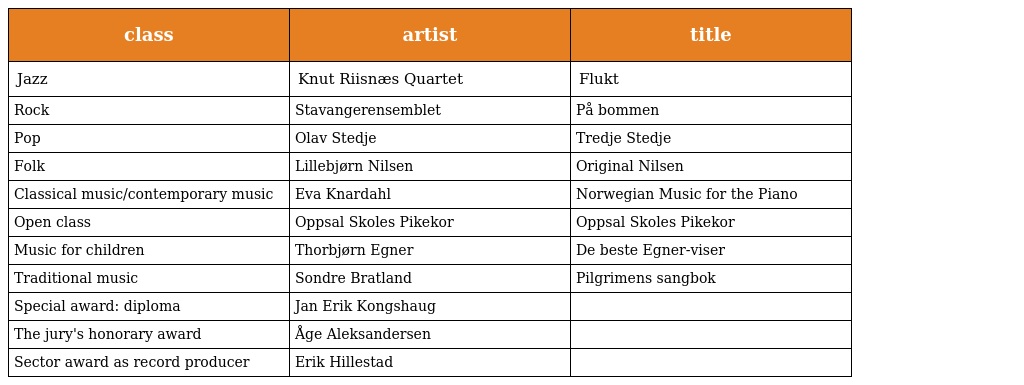
| class | artist | title |
 | --- | --- | --- |
 | Jazz | Knut Riisnæs Quartet | Flukt |
 | Rock | Stavangerensemblet | På bommen |
 | Pop | Olav Stedje | Tredje Stedje |
 | Folk | Lillebjørn Nilsen | Original Nilsen |
 | Classical music/contemporary music | Eva Knardahl | Norwegian Music for the Piano |
 | Open class | Oppsal Skoles Pikekor | Oppsal Skoles Pikekor |
 | Music for children | Thorbjørn Egner | De beste Egner-viser |
 | Traditional music | Sondre Bratland | Pilgrimens sangbok |
 | Special award: diploma | Jan Erik Kongshaug |  |
 | The jury's honorary award | Åge Aleksandersen |  |
 | Sector award as record producer | Erik Hillestad |  |